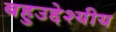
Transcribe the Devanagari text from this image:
बहुउद्देश्‍यीय